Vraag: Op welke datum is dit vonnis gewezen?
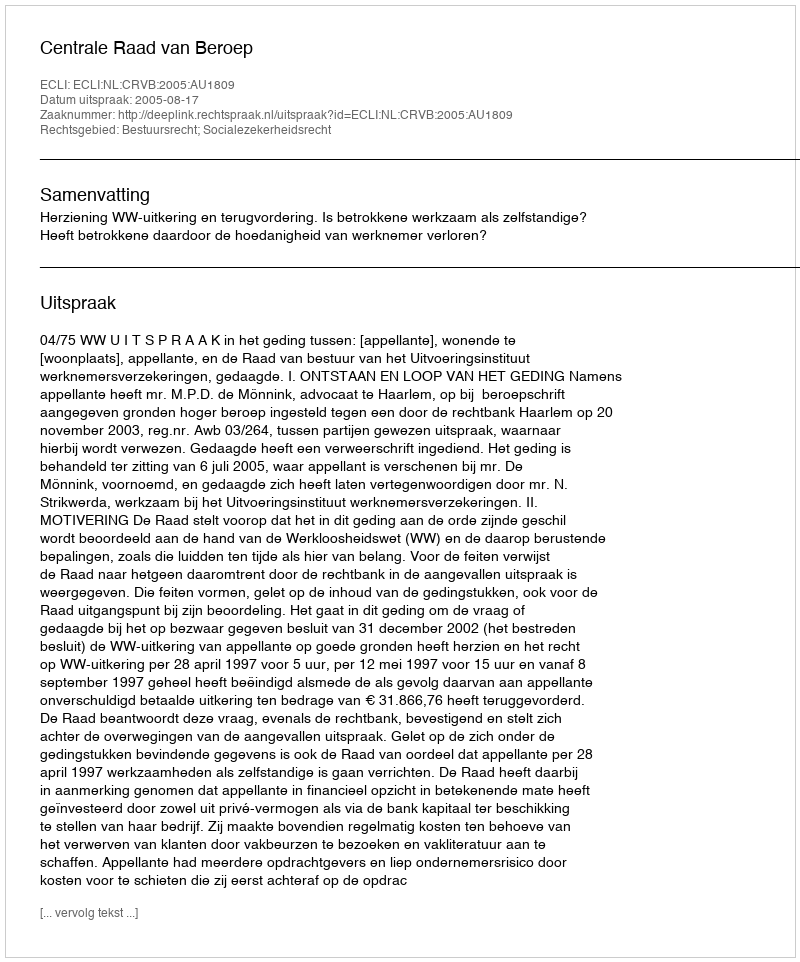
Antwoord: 2005-08-17